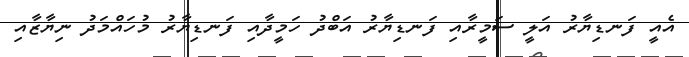
އެއީ ފަނޑިޔާރު އަލީ ސަމީރާއި ފަނޑިޔާރު އަބްދު ހަމީދާއި ފަނޑިޔާރު މުހައްމަދު ނިޔާޒާއި